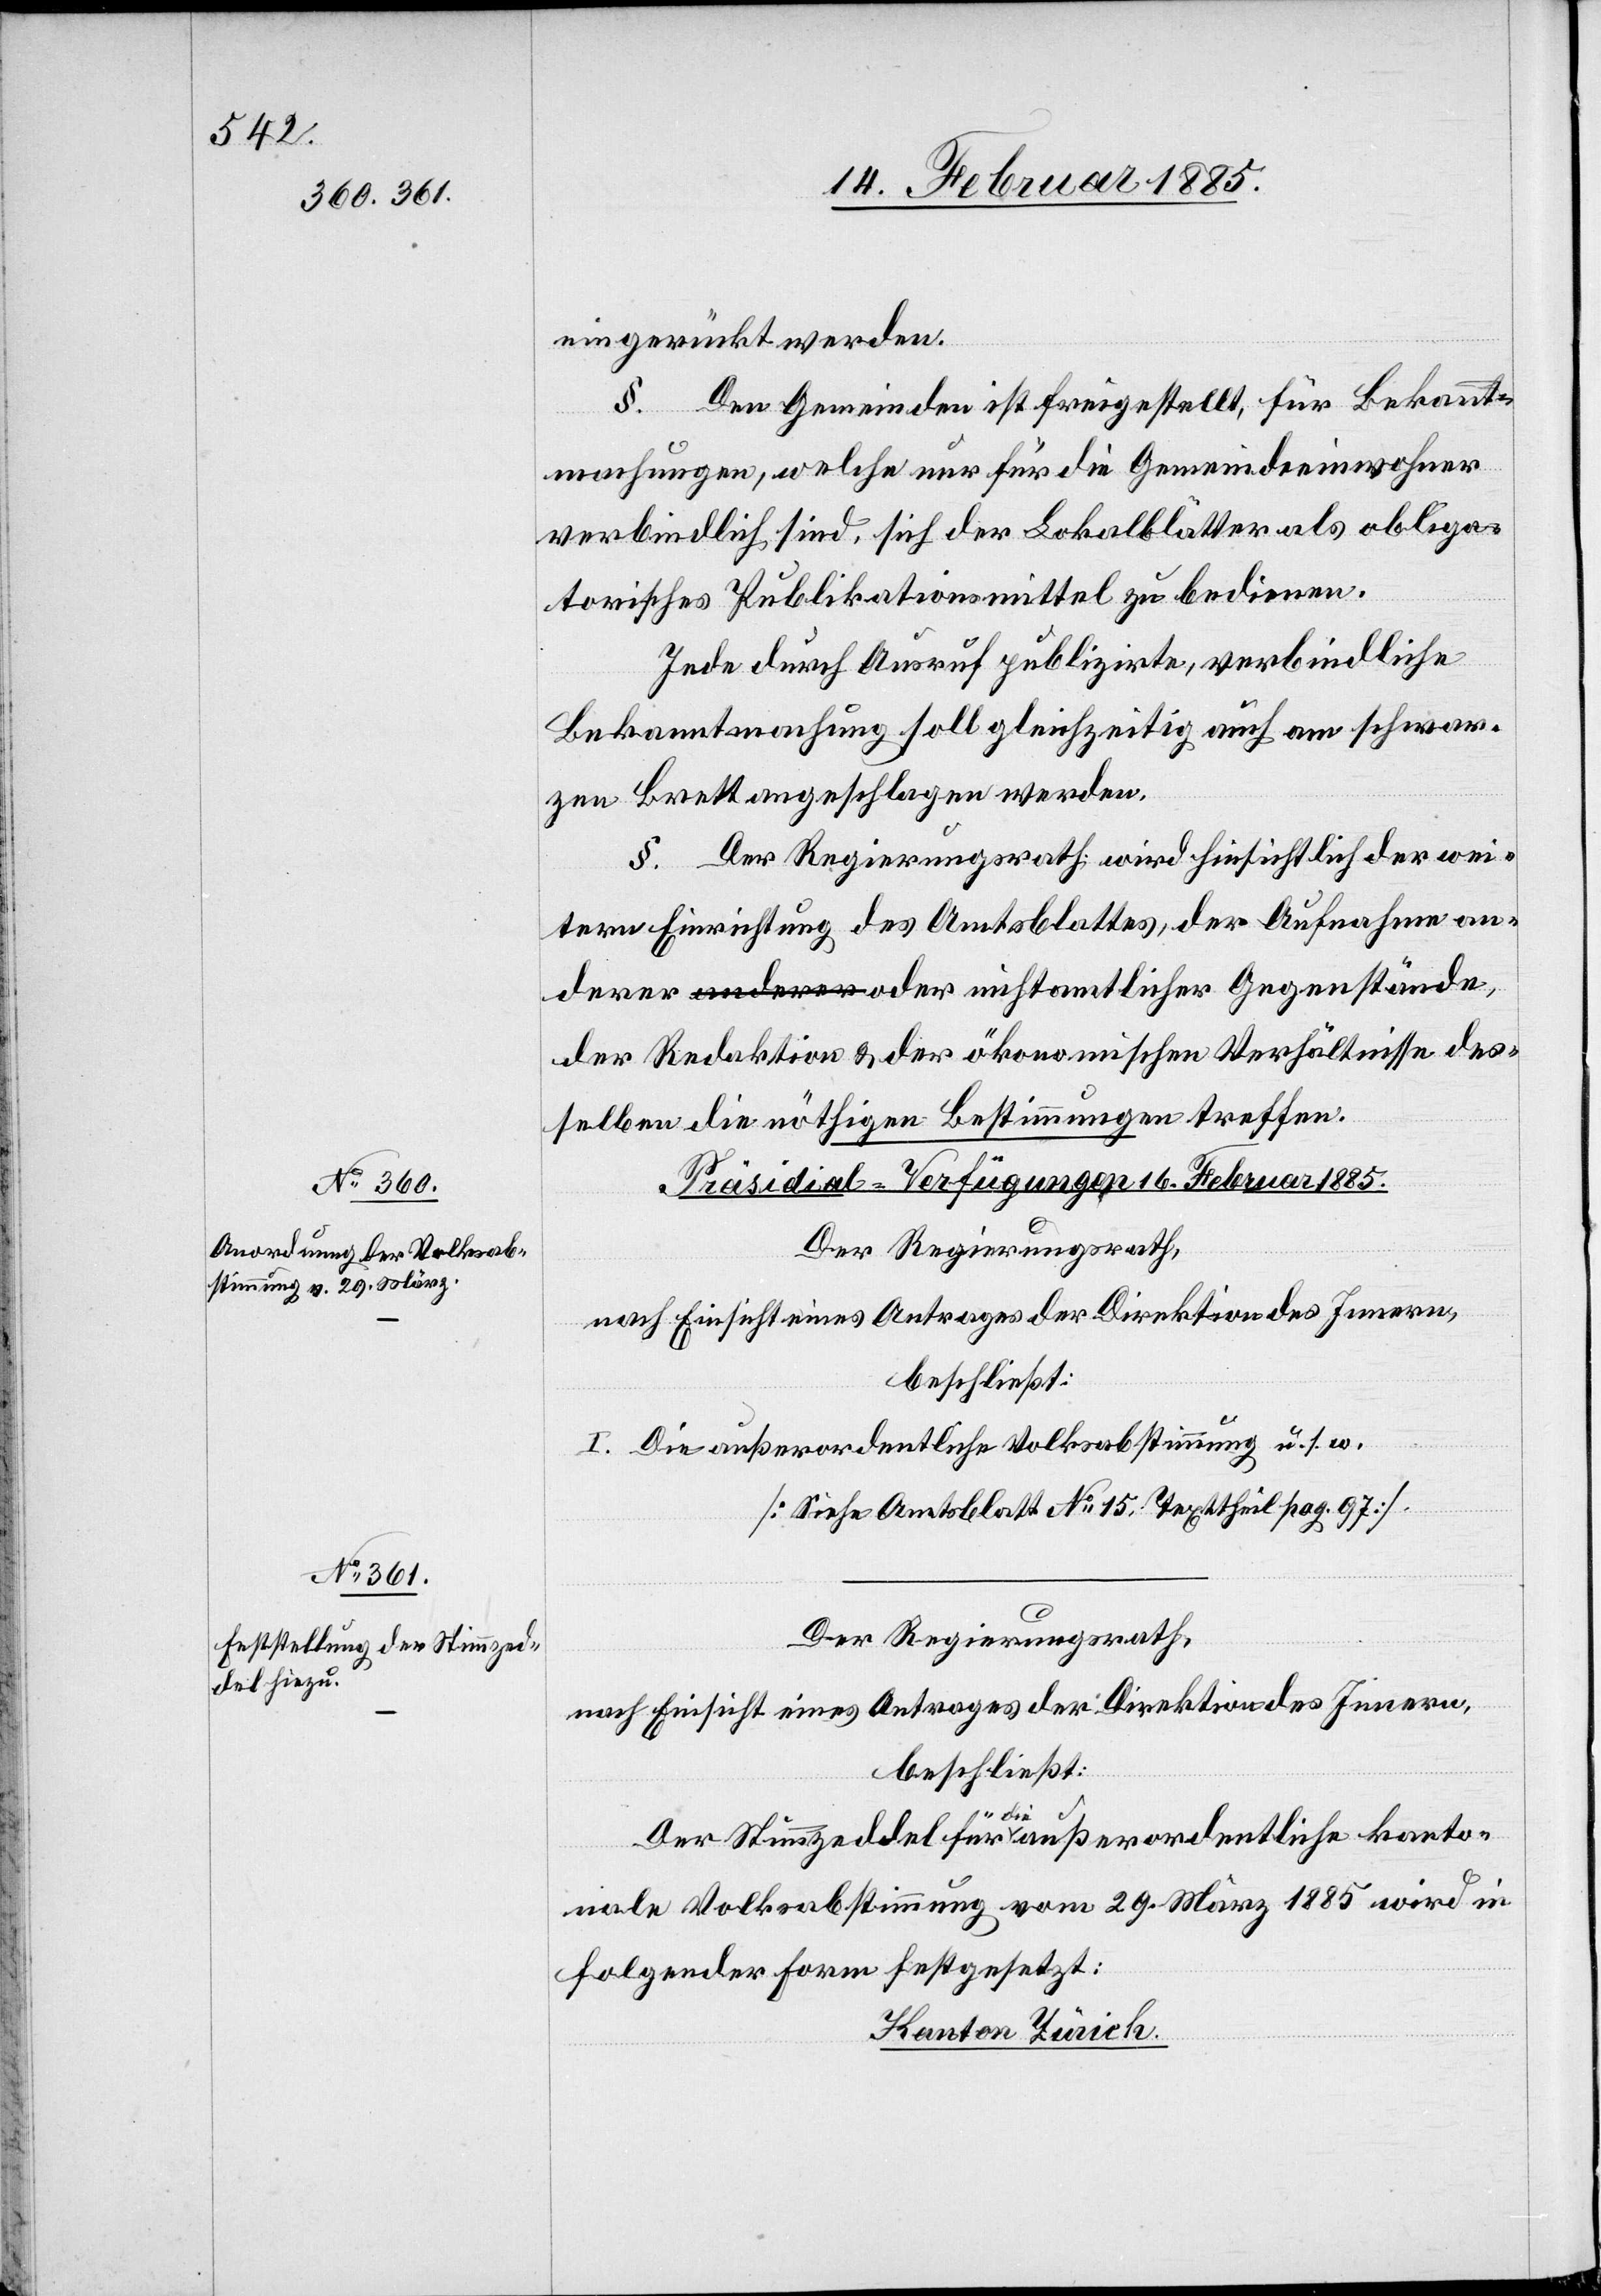
eingerückt werden.
§. Den Gemeinden ist freigestellt, für Bekannt¬
machungen, welche nur für die Gemeindeeinwohner
verbindlich sind, sich der Lokalblätter als obliga¬
torisches Publikationsmittel zu bedienen.
Jede durch Ausruf publizirte, verbindliche
Bekanntmachung soll gleichzeitig auch am schwar¬
zen Brett angeschlagen werden.
§. Der Regierungsrath wird hinsichtlich der wei¬
tern Einrichtung des Amtsblattes, der Aufnahme an¬
derer oder nichtamtlicher Gegenstände,
der Redaktion & der ökonomischen Verhältnisse des¬
selben die nöthigen Bestimmungen treffen.
[Präsidial-Verfügungen 16. Februar 1885.]
Der Regierungsrath,
nach Einsicht eines Antrages der Direktion des Innern,
beschließt:
I. Die außerordentliche Volksabstimmung u. s. w.
[Siehe Amtsblatt No 15, Texttheil pag. 97]
Der Stimmzedel für die außerordentliche kanto¬
nale Volksabstimmung vom 29. März 1885 wird in
folgender Form festgesetzt:
Kanton Zürich.